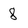
Character: 8